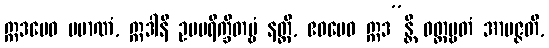
ဣဒမေဝ ပမာဏံ, ဣဒါနိ ဥပပရိက္ခိတဗ္ဗံ နတ္ထိ, ဧဝမေဝ ဣဒ”န္တိ ဝတ္တဗ္ဗတံ အာပဇ္ဇတိ,